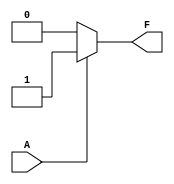
module single_variable_kmap (
    input wire A,  // Single input variable
    output wire F  // Output of the logic function
);

// Define the truth values based on the desired K-map representation
// You can modify the logic below according to the required function:
assign F = (A == 0) ? 0 : 1; // Example: F = A (Identity function)
// Uncomment below for other logic functions:
// assign F = (A == 0) ? 0 : 0; // Constant zero
// assign F = (A == 0) ? 1 : 1; // Constant one
// assign F = ~A;                // NOT A

endmodule